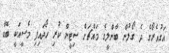
އަގުއެރޯގެ ދެ ގޯލުން ބާންލީގެ މައްޗަށް ސިޓީން ކުރި ހޯދައިފި މެސީއަކީ ބޮޑާ